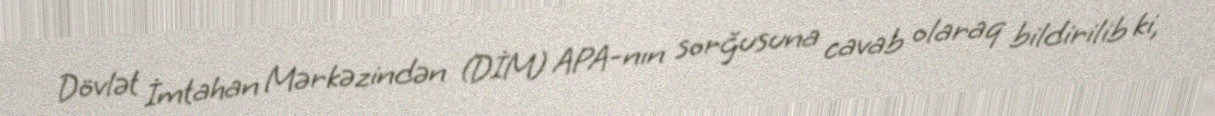
Dövlət İmtahan Mərkəzindən (DİM) APA-nın sorğusuna cavab olaraq bildirilib ki,